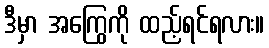
ဒီမှာ အကြွေကို ထည့်ရင်ရလား။